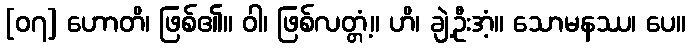
[၀၇] ဟောတိ၊ ဖြစ်၏။ ဝါ၊ ဖြစ်လတ္တံ့။ ဟိ၊ ချဲ့ဦးအံ့။ သောမနဿ၊ ပေ။